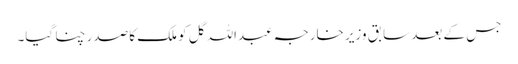
جس کے بعد سابق وزیر خارجہ عبداللہ گل کو ملک کا صدر چنا گیا۔